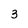
Character: 3